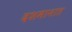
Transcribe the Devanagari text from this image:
दशमानात